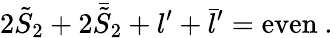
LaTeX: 2{\tilde{S}}_{2}+2{\bar{\tilde{S}}}_{2}+l^{\prime}+{\bar{l}}^{\prime}=\mathrm{even}\ .